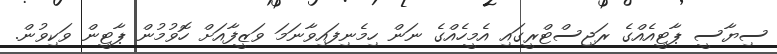
ސިޔާސީ ޕާޓީއެއްގެ ރަޖިސްޓްރީގައި އެމީހެއްގެ ނަން ހިމެނިފައިވާނަމަ ވަޒީފާއަށް ހޮވުމުން ޕާޓީން ވަކިވުން.